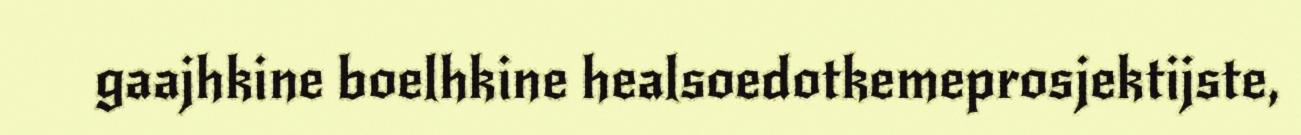
gaajhkine boelhkine healsoedotkemeprosjektijste,